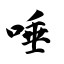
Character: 唾